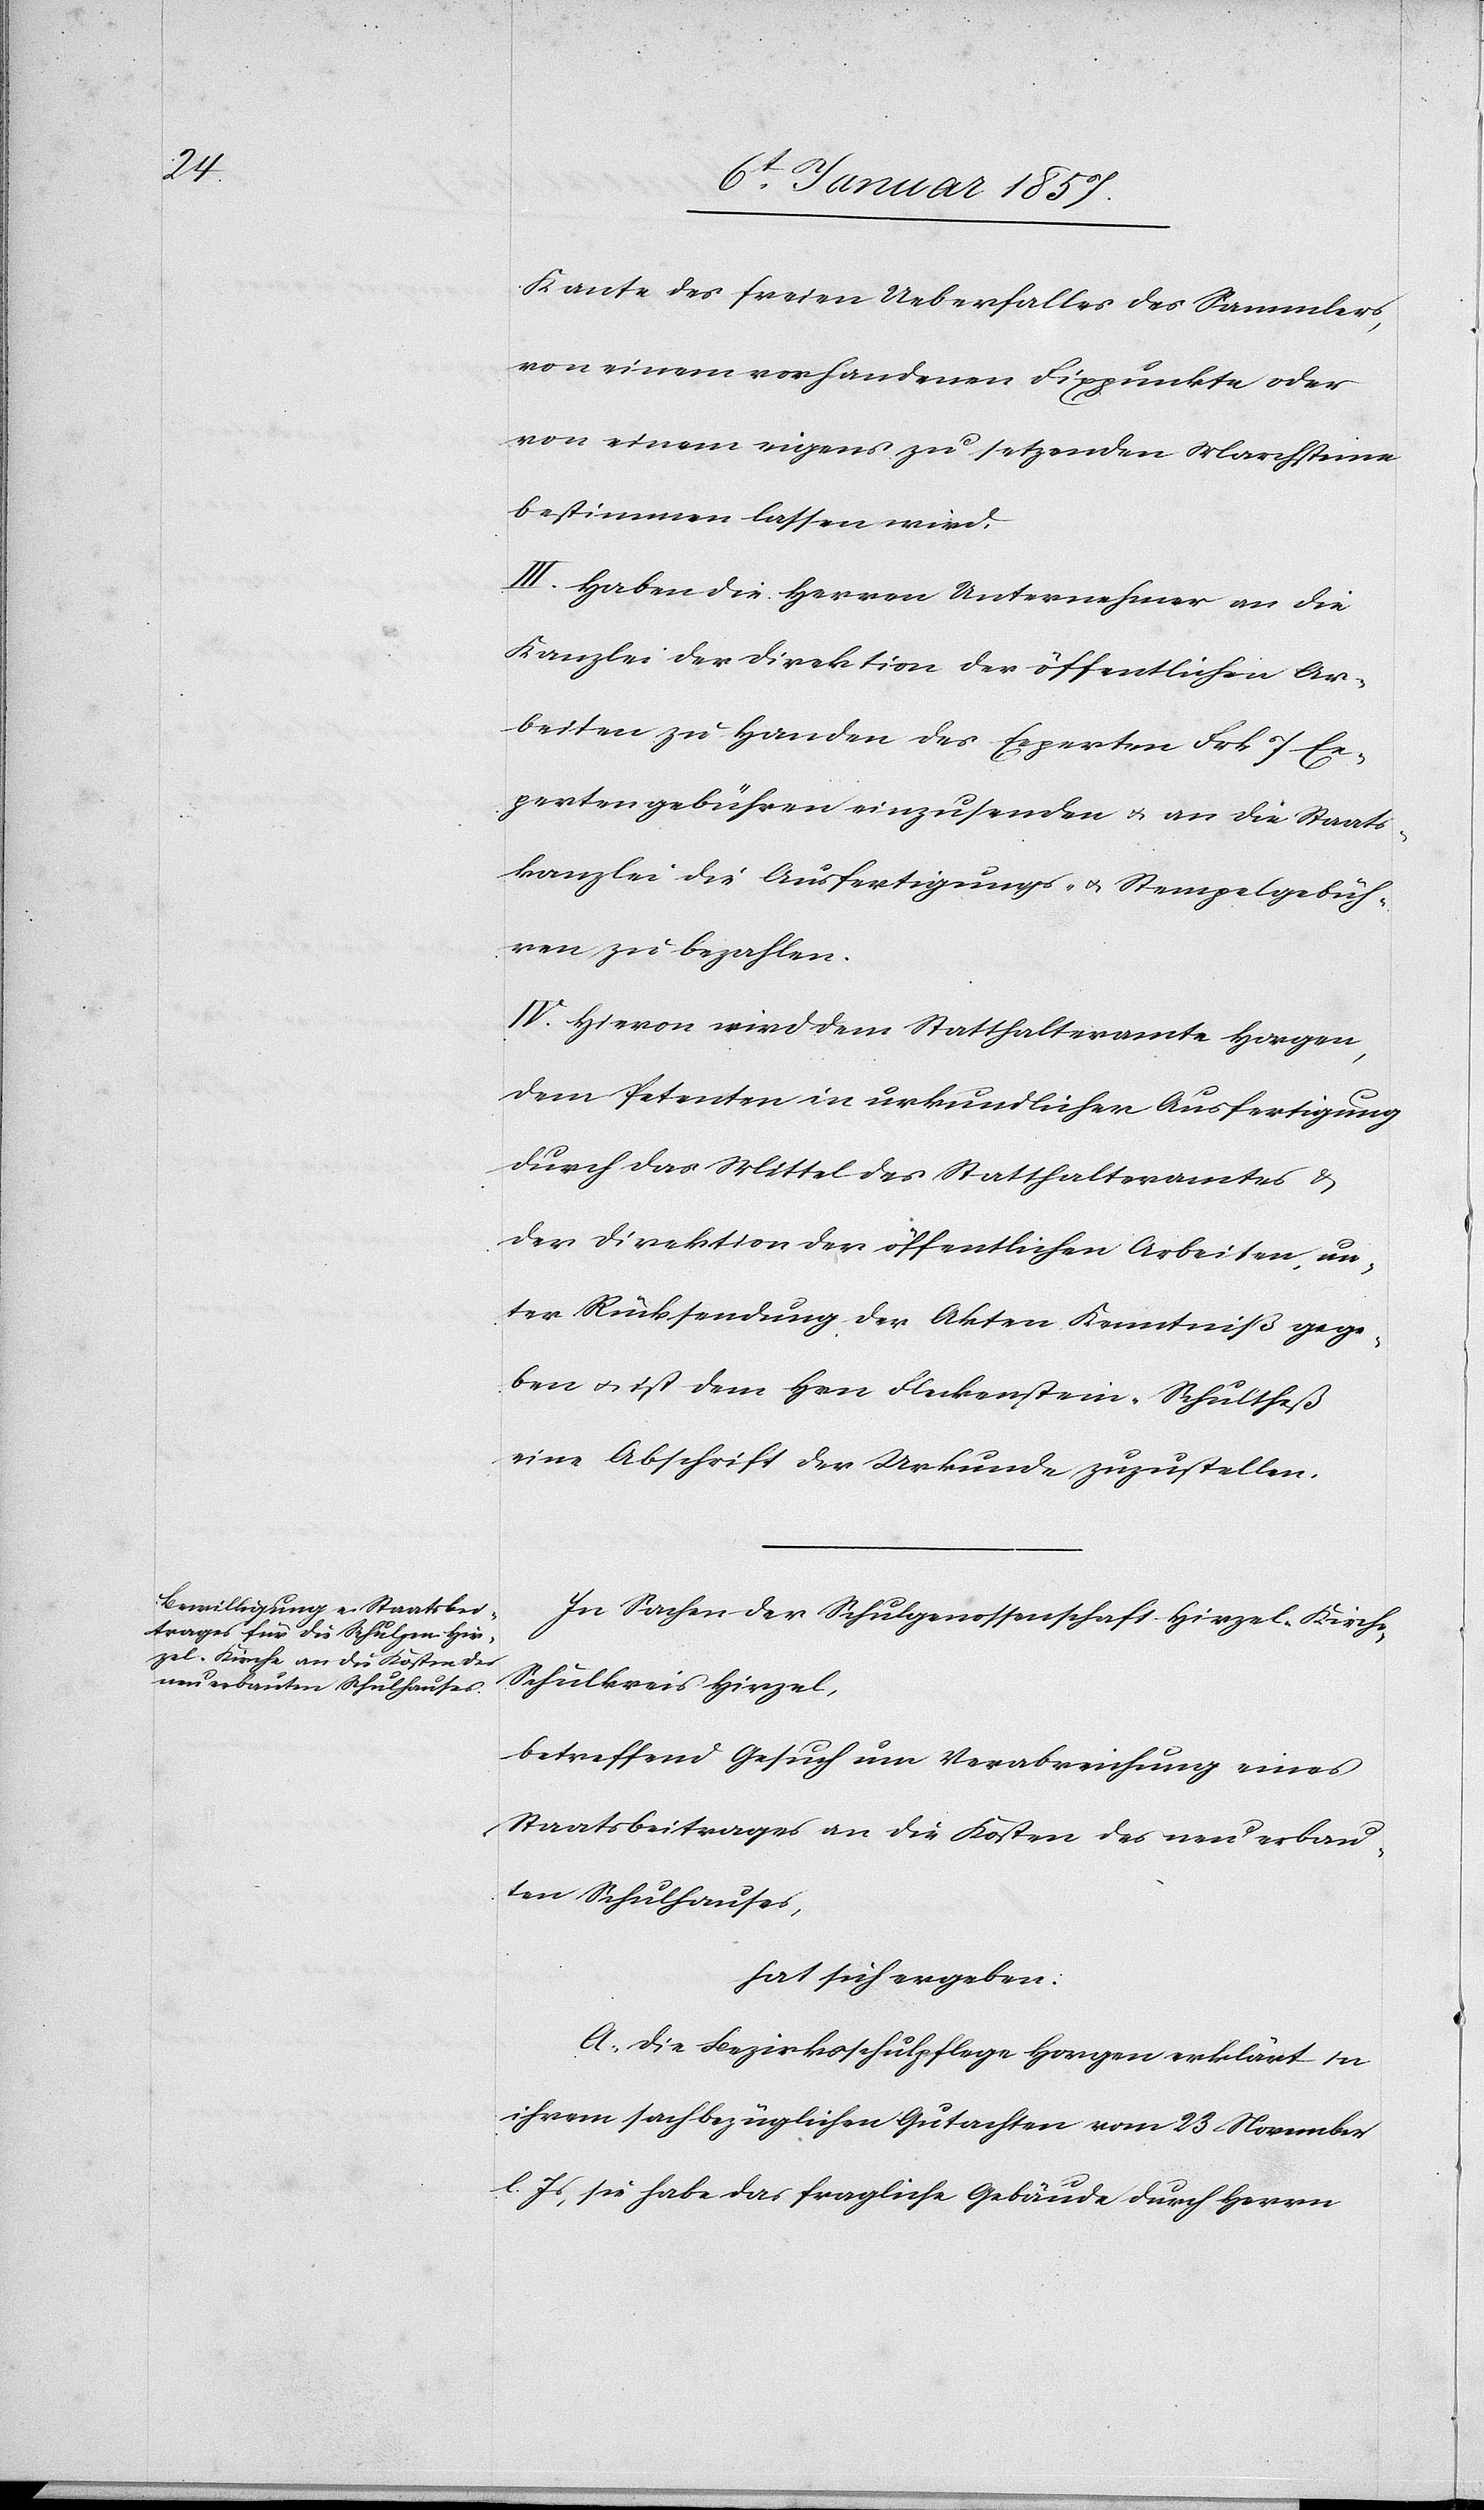
Kante des freien Ueberfalles des Sammlers,
von einem vorhandenen Fixpunkte oder
von einem eigens zu setzenden Marchsteine
bestimmen lassen wird.
III. Haben die Herren Unternehmer an die
Kanzlei der Direktion der öffentlichen Ar¬
beiten zu Handen des Experten Frk 7 Ex¬
pertengebühren einzusenden u. an die Staats¬
kanzlei die Ausfertigungs- u. Stempelgebüh¬
ren zu bezahlen.
IV. Hievon wird dem Statthalteramt Horgen,
dem Petenten in urkundlicher Ausfertigung
durch das Mittel des Statthalteramtes u.
der Direktion der öffentlichen Arbeiten, un¬
ter Rücksendung der Akten Kenntniß gege¬
ben u. ist dem Hrn Fleckenstein-Schultheß
eine Abschrift der Urkunde zuzustellen.
In Sachen der Schulgenossenschaft Hirzel-Kirche,
Schulkreis Hirzel,
betreffend Gesuch um Verabreichung eines
Staatsbeitrages an die Kosten des neu erbau¬
ten Schulhauses,
hat sich ergeben:
A. Die Bezirksschulpflege Horgen erklärt in
ihrem sachbezüglichen Gutachten vom 23 November
l. Js, sie habe das fragliche Gebäude durch Herrn